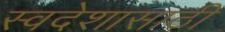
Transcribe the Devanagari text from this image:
स्वदेशासाठी